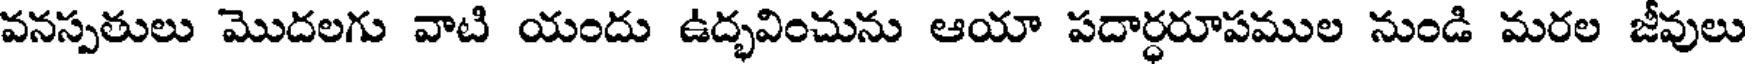
వనస్పతులు మొదలగు వాటి యందు ఉద్భవించును ఆయా పదార్ధరూపముల నుండి మరల జీవులు